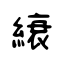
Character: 縗